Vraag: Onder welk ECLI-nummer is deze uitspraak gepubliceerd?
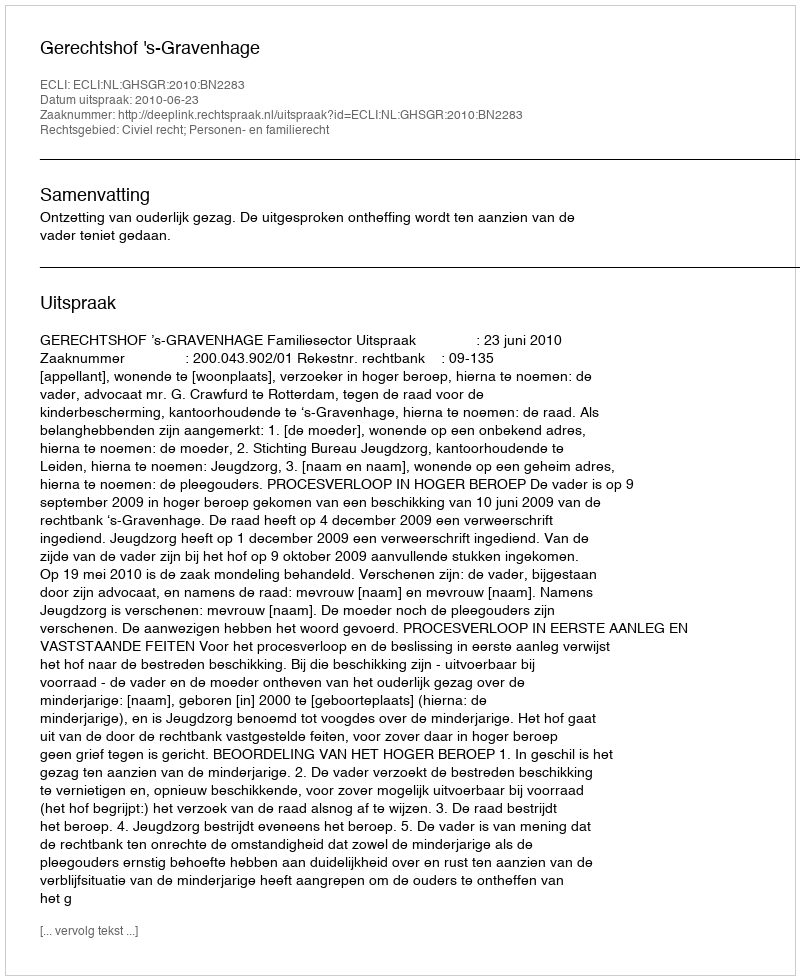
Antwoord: ECLI:NL:GHSGR:2010:BN2283